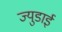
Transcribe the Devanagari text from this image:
ज्युडाई